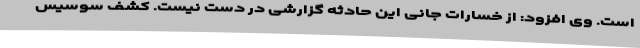
است. وی افزود: از خسارات جانی این حادثه گزارشی در دست نیست. کشف سوسیس